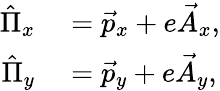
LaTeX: \begin{array}{rl}{\hat{\Pi}_{x}}&{{}=\vec{p}_{x}+e\vec{A}_{x},}\\ {\hat{\Pi}_{y}}&{{}=\vec{p}_{y}+e\vec{A}_{y},}\end{array}